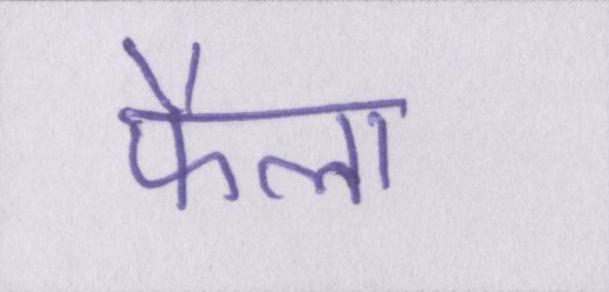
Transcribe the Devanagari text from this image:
फैला